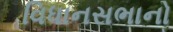
વિધાનસભાનો